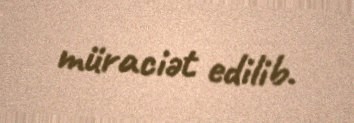
müraciət edilib.